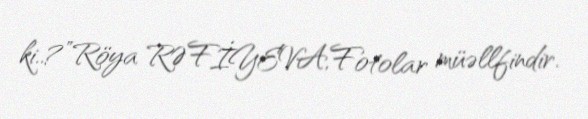
ki..?”Röya RƏFİYEVA,Fotolar müəllfindir.